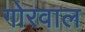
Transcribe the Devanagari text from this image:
गोरवाल